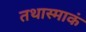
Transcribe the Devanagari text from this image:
तथास्माकं